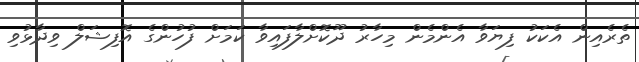
ތެރެއިން އެކަކު ފިޔަވާ އެންމެން މިހާރު ދޫކޮށްލާފައިވާ ކަމަށް ފުހުންގެ އޮފިޝަލް ވިދާޅުވި